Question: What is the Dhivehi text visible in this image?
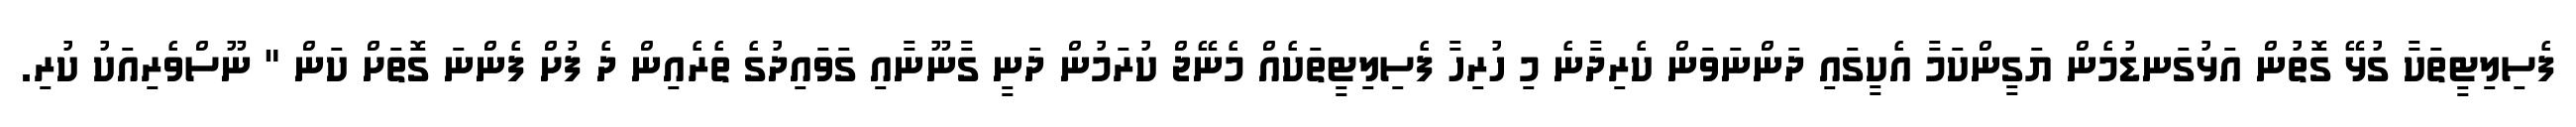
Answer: ފެސިލިޓީތަކާ ގުޅޭ ގޮތުން އަޅުގަނޑުމެން ޔަގީންކަމާ އެކީގައި ދަންނަވަން ކެރިދާނެ މި ހުރިހާ ފެސިލިޓީތަކެއް މެނޭޖް ކުރަމުން ދަނީ ގާނޫނާއި ގަވައިދުގެ ތެރެއިން ދެ ފުށް ފެންނަ ގޮތަށް ކަން " ނޫސްވެރިއަކު ކުރި.